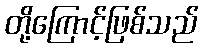
တို့ကြောင့်ဖြစ်သည်